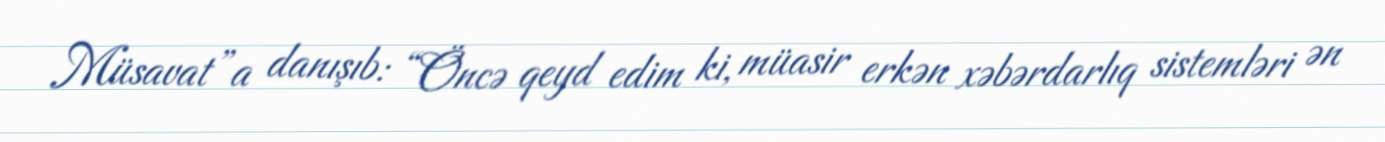
Müsavat”a danışıb: “Öncə qeyd edim ki, müasir erkən xəbərdarlıq sistemləri ən